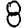
Digit: 8